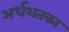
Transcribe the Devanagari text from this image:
अर्धशतका